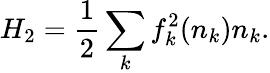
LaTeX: H_{2}=\frac{1}{2}\sum_{k}f_{k}^{2}(n_{k})n_{k}.